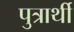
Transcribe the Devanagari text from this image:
पुत्रार्थी